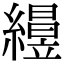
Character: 𥫅